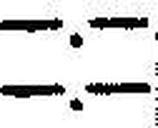
—.—